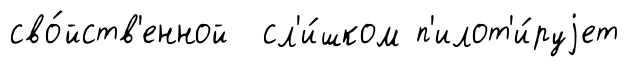
сво́йств'енной сл'и́шком п'илот'и́руjет